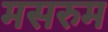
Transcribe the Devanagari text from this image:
मसरुम